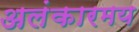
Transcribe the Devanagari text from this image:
अलंकारमय